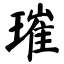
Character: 璀